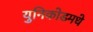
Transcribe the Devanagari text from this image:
युनिकोडमधे